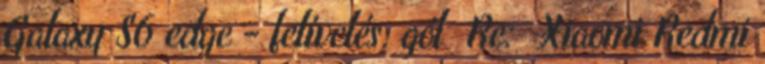
Galaxy S6 edge - felívelés, gól Re: Xiaomi Redmi